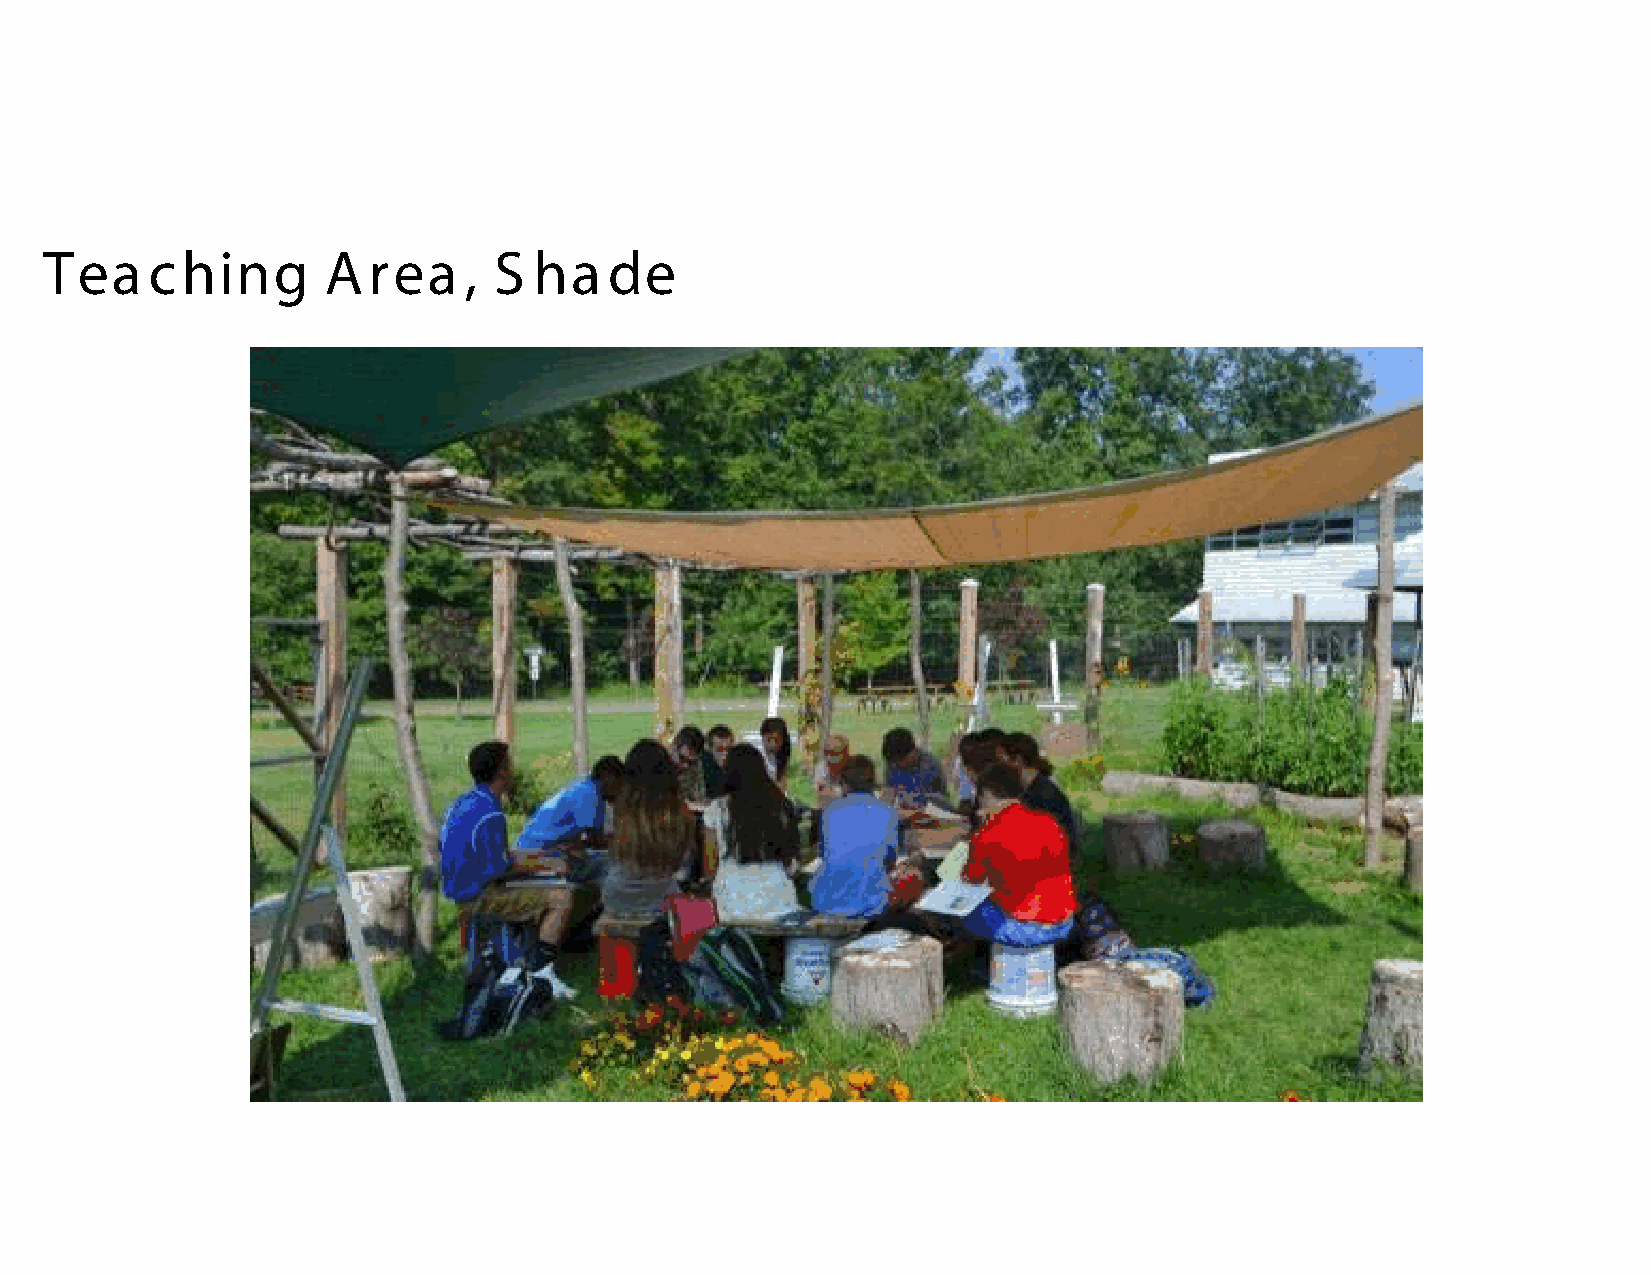
Tea    ching      Area      , S ha   de